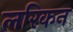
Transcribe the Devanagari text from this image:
लरिकन